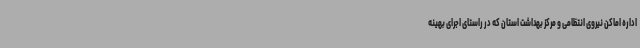
اداره اماکن نیروی انتظامی و مرکز بهداشت استان که در راستای اجرای بهینه